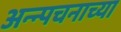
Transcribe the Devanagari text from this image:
अन्न्पचनाच्या